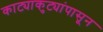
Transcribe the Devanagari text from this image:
काट्याकुट्यांपासून